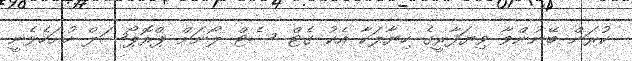
ކުރަން ބޭނުންވާ ވިޔަފާރީގެ ހިޔާލަކާ އެކު ގެޓް ސެޓް ލޯނަށް ޕްރޮޕޯސަލް ހުށަހެޅެނީ